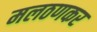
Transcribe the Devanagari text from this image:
मलठणकर